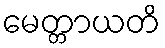
မေတ္တာယတိ